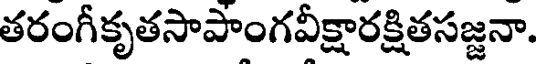
తరంగీకృతసాపాంగవీక్షారక్షితసజ్జనా.